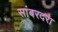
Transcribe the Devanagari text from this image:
सांबरदरा